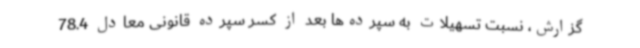
گزارش، نسبت تسهیلات به سپرده‌ها بعد از کسر سپرده قانونی معادل 78.4